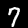
Label: 7